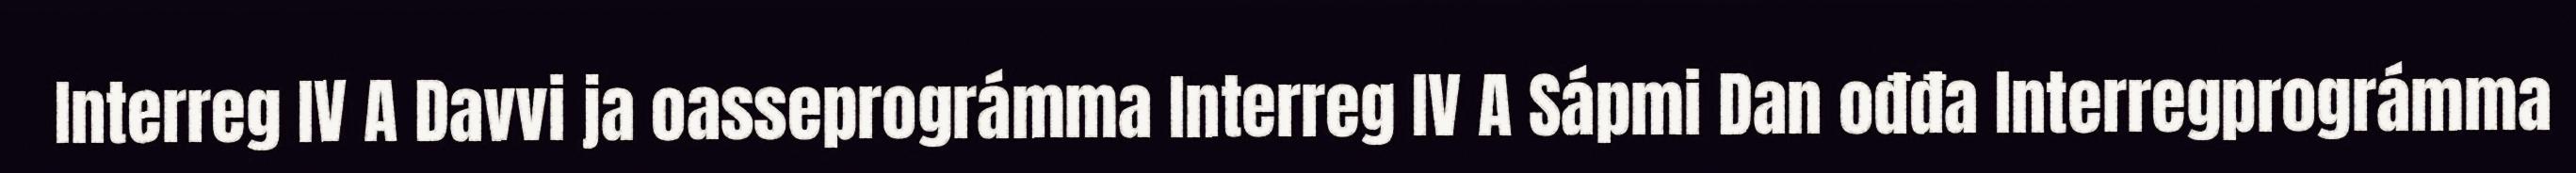
Interreg IV A Davvi ja oasseprográmma Interreg IV A Sápmi Dan ođđa Interregprográmma